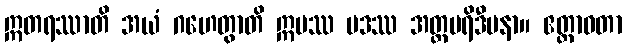
ဣတရဿာတိ အယံ ဂဟေတွာတိ ဣမဿ ပဒဿ အတ္ထပရိဒီပနာ။ ဧတ္တာဝတာ